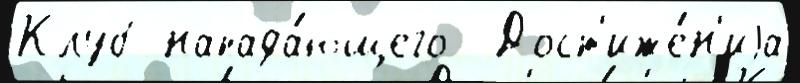
Клуб напада́ющего  Дост'иже́н'иjа